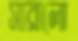
সারালো